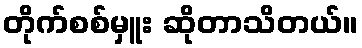
တိုက်စစ်မှူး ဆိုတာသိတယ်။